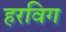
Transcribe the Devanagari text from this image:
हरविग